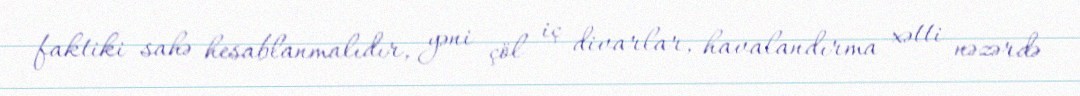
faktiki sahə hesablanmalıdır, yəni çöl iç divarlar, havalandırma xətti nəzərdə